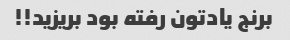
برنج یادتون رفته بود بریزید!!